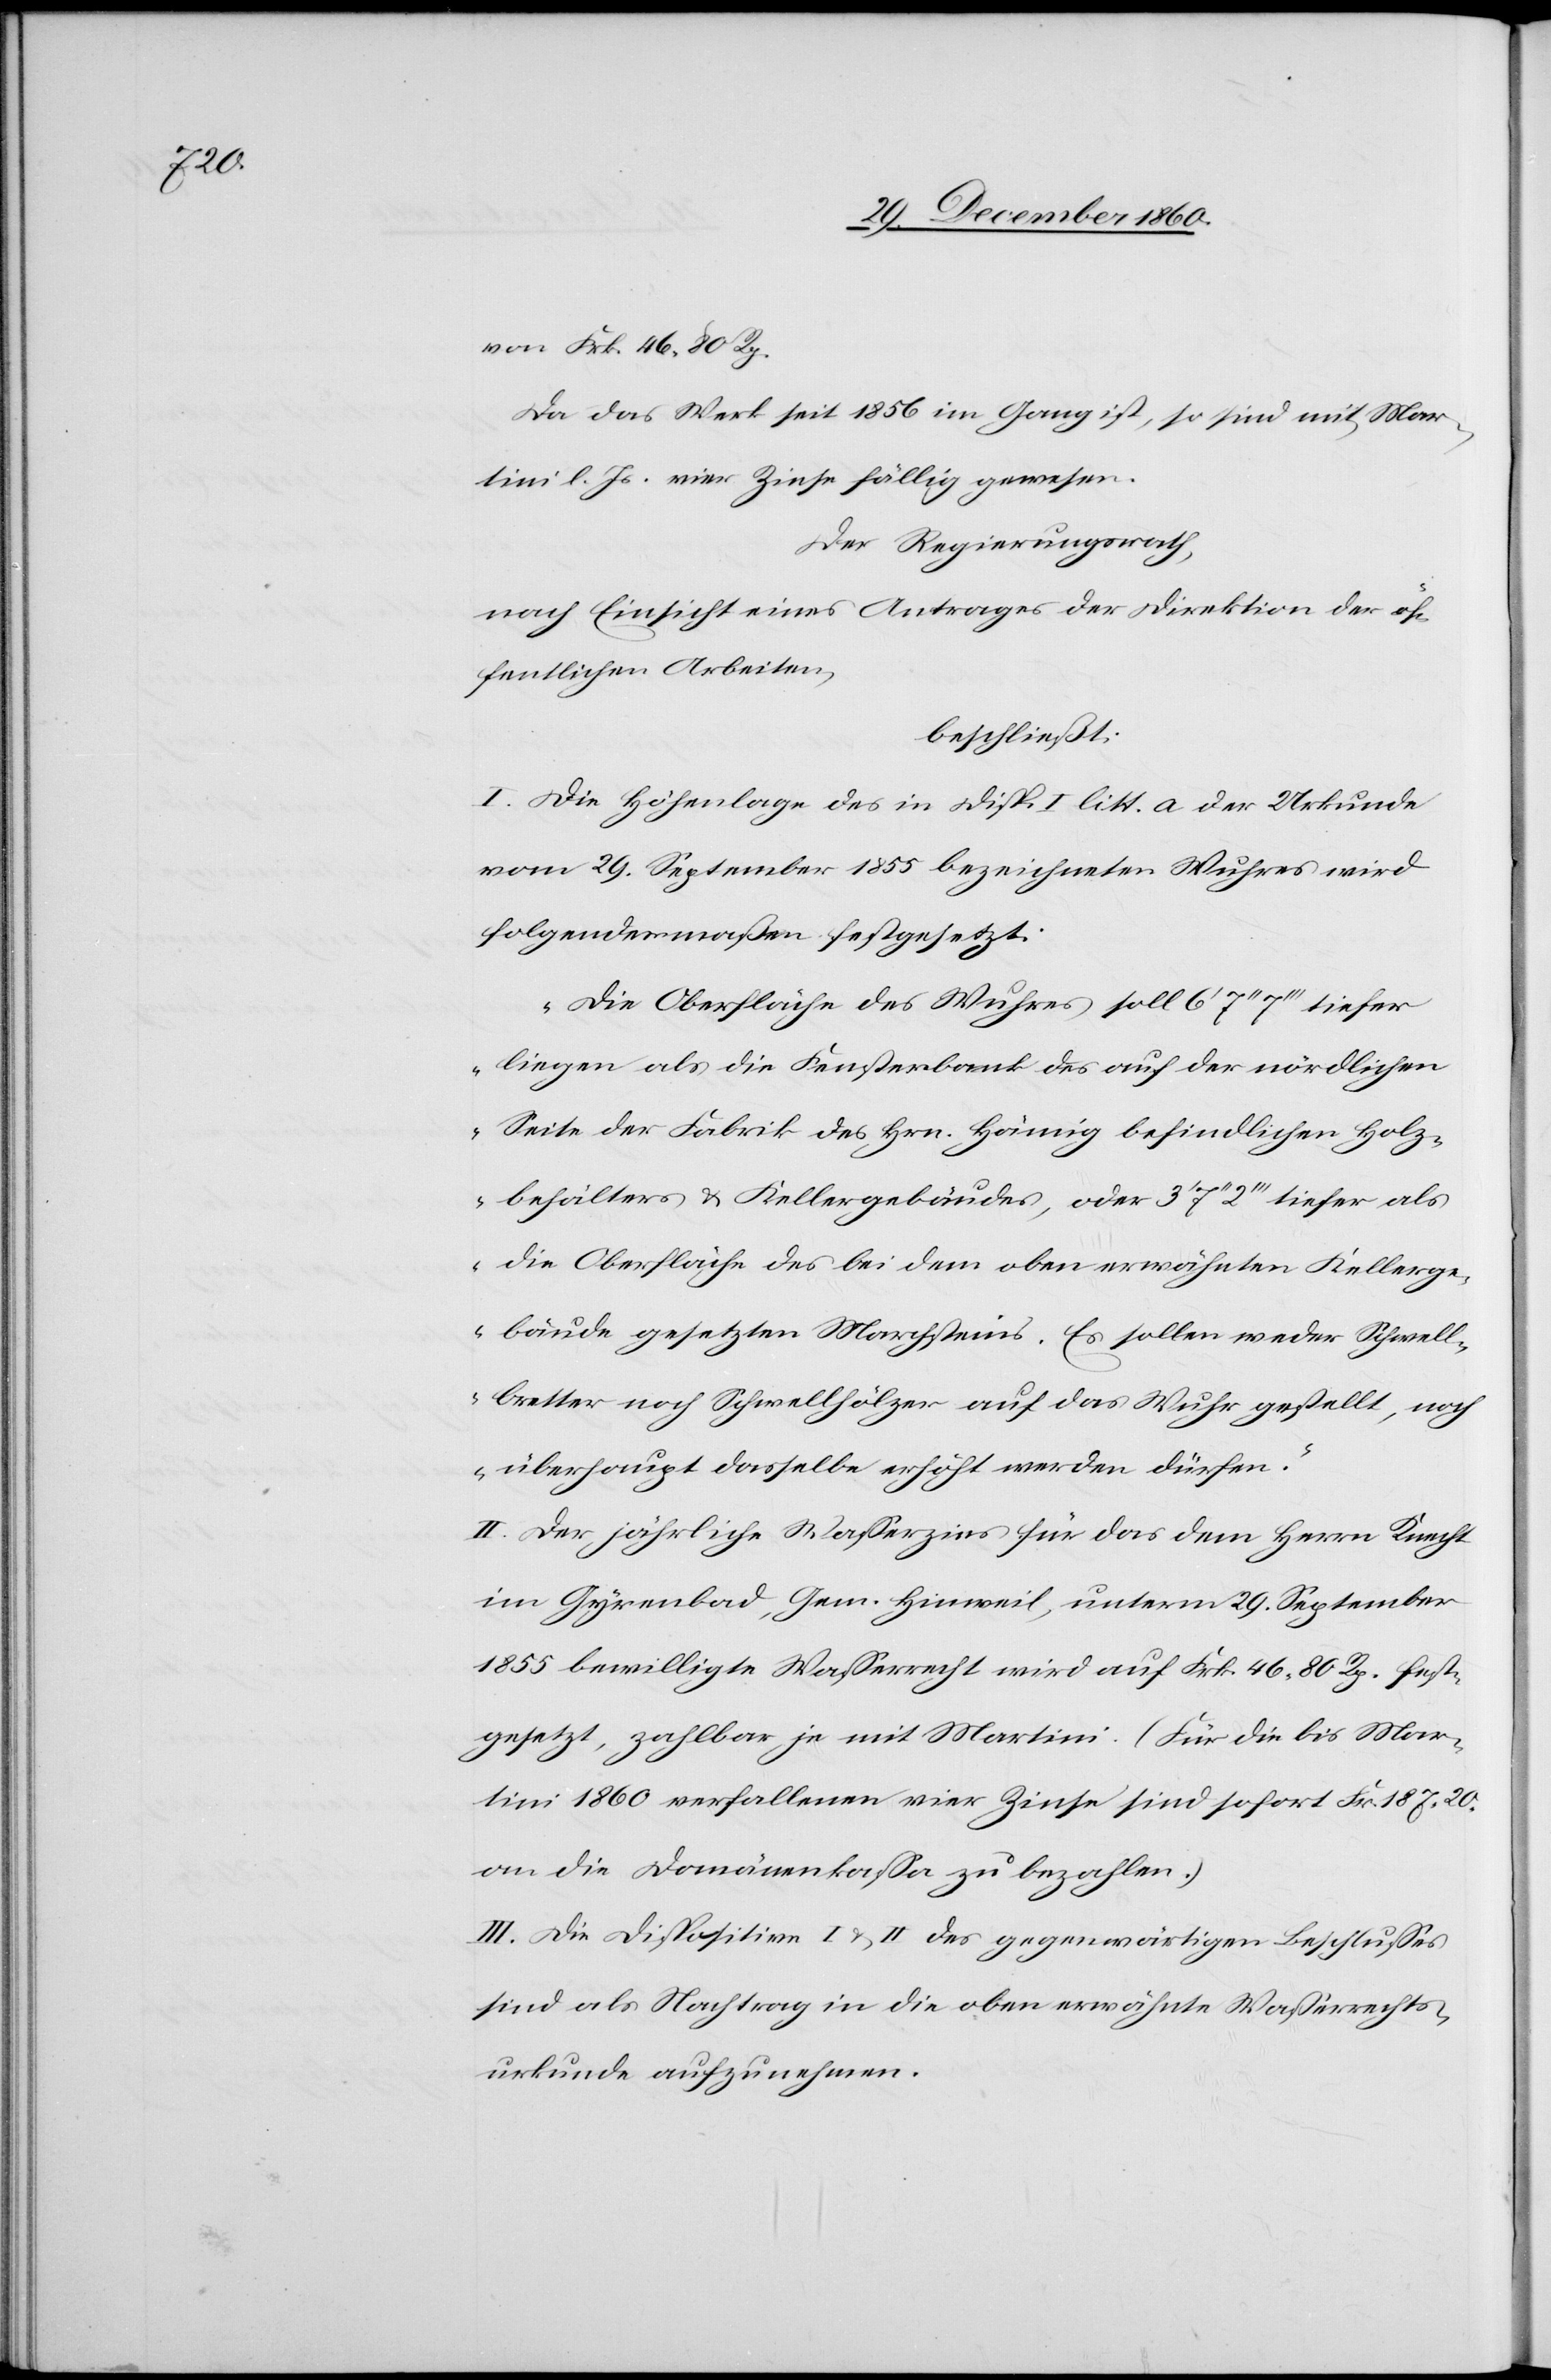
von Frk. 46 80 Rp.
Da das Werk seit 1856 im Gang ist, so sind mit Mar¬
tini l. Js. vier Zinse fällig gewesen.
Der Regierungsrath,
nach Einsicht eines Antrages der Direktion der öf¬
fentlichen Arbeiten,
beschließt:
I. Die Höhenlage des in Disp. I litt. a der Urkunde
vom 29. September 1855 bezeichneten Wuhres wird
folgendermaßen festgesetzt:
„Die Oberfläche des Wuhres soll 6’ 7’’ 7’’’ tiefer
liegen als die Fensterbank des auf der nördlichen
Seite der Fabrik des Hrn. Hämig befindlichen Holz¬
behälters u. Kellergebäudes, oder 3’ 7’’ 2’’’ tiefer als
die Oberfläche des bei dem oben erwähnten Kellerge¬
bäude gesetzten Marchsteins. Es sollen weder Schwell¬
bretter noch Schwellhölzer auf das Wuhr gestellt, noch
überhaupt dasselbe erhöht werden dürfen.“
II. Der jährliche Wasserzins für das dem Herrn Knecht
im Gyrenbad, Gem. Hinweil, unterm 29. September
1855 bewilligte Wasserrecht wird auf Frk. 46 80 Rp. fest¬
gesetzt, zahlbar je mit Martini. (Für die bis Mar¬
tini 1860 verfallenen vier Zinse sind sofort Fr. 187 20
an die Domänenkassa zu bezahlen.
III. Die Dispositive I u. II des gegenwärtigen Beschlusses
sind als Nachtrag in die oben erwähnte Wasserrechts¬
urkunde aufzunehmen.